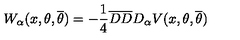
W _ { \alpha } ( x , \theta , { \overline { \theta } } ) = - \frac { 1 } { 4 } { \overline { D } } { \overline { D } } D _ { \alpha } V ( x , \theta , { \overline { \theta } } )